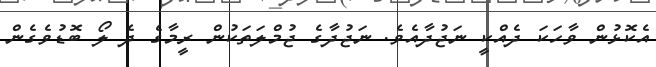
އެކޮޅުން ވާހަކަ ދެއްކީ ނަޖުދާއެވެ. ނަޖުދާގެ ޖުމްލަތަކުން ރީމާގެ ދެ ލޯ ބޮޑުވެގެން